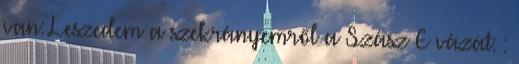
van: Leszedem a szekrányemről a Szász E vázát: :